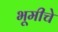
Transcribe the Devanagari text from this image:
भूमीचे